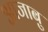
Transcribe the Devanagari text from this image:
आजाबु